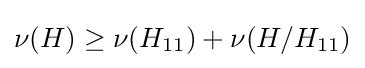
\nu (H)\geq \nu (H_{11})+\nu (H/H_{11})